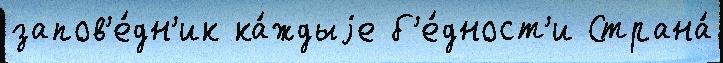
запов'е́дн'ик ка́ждыjе б'е́дност'и Страна́